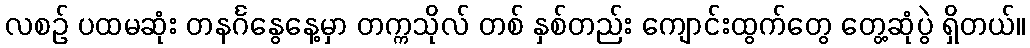
လစဉ် ပထမဆုံး တနင်္ဂနွေနေ့မှာ တက္ကသိုလ် တစ် နှစ်တည်း ကျောင်းထွက်တွေ တွေ့ဆုံပွဲ ရှိတယ်။